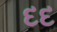
દદ